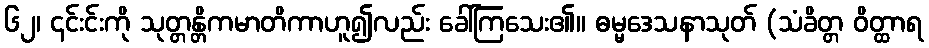
၆၂၊ ၎င်းင်းကို သုတ္တန္တိကမာတိကာဟူ၍လည်း ခေါ်ကြသေး၏။ ဓမ္မဒေသနာသုတ် (သံခိတ္တ ဝိတ္ထာရ